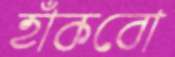
হাঁকবো